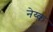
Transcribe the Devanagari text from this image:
नेय्क